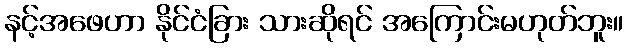
နင့်အဖေဟာ နိုင်ငံခြား သားဆိုရင် အကြောင်းမဟုတ်ဘူး။